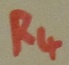
Text: R4